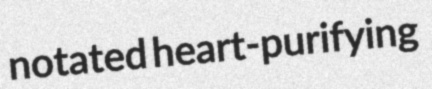
notated heart-purifying